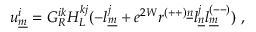
u _ { \underline { { { m } } } } ^ { i } = G _ { { \cal R } } ^ { i k } H _ { L } ^ { k j } ( - l _ { \underline { { { m } } } } ^ { j } + e ^ { 2 W } r ^ { ( + + ) \underline { { { n } } } } l _ { \underline { { { n } } } } ^ { j } l _ { \underline { { { m } } } } ^ { ( -- ) } ) ~ , \qquad